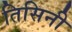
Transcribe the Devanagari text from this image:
तिसिनी